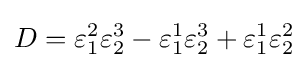
D=\varepsilon _{1}^{2}\varepsilon _{2}^{3}-\varepsilon _{1}^{1}\varepsilon _{2}^{3}+\varepsilon _{1}^{1}\varepsilon _{2}^{2}